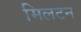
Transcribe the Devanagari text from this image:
मिलटन